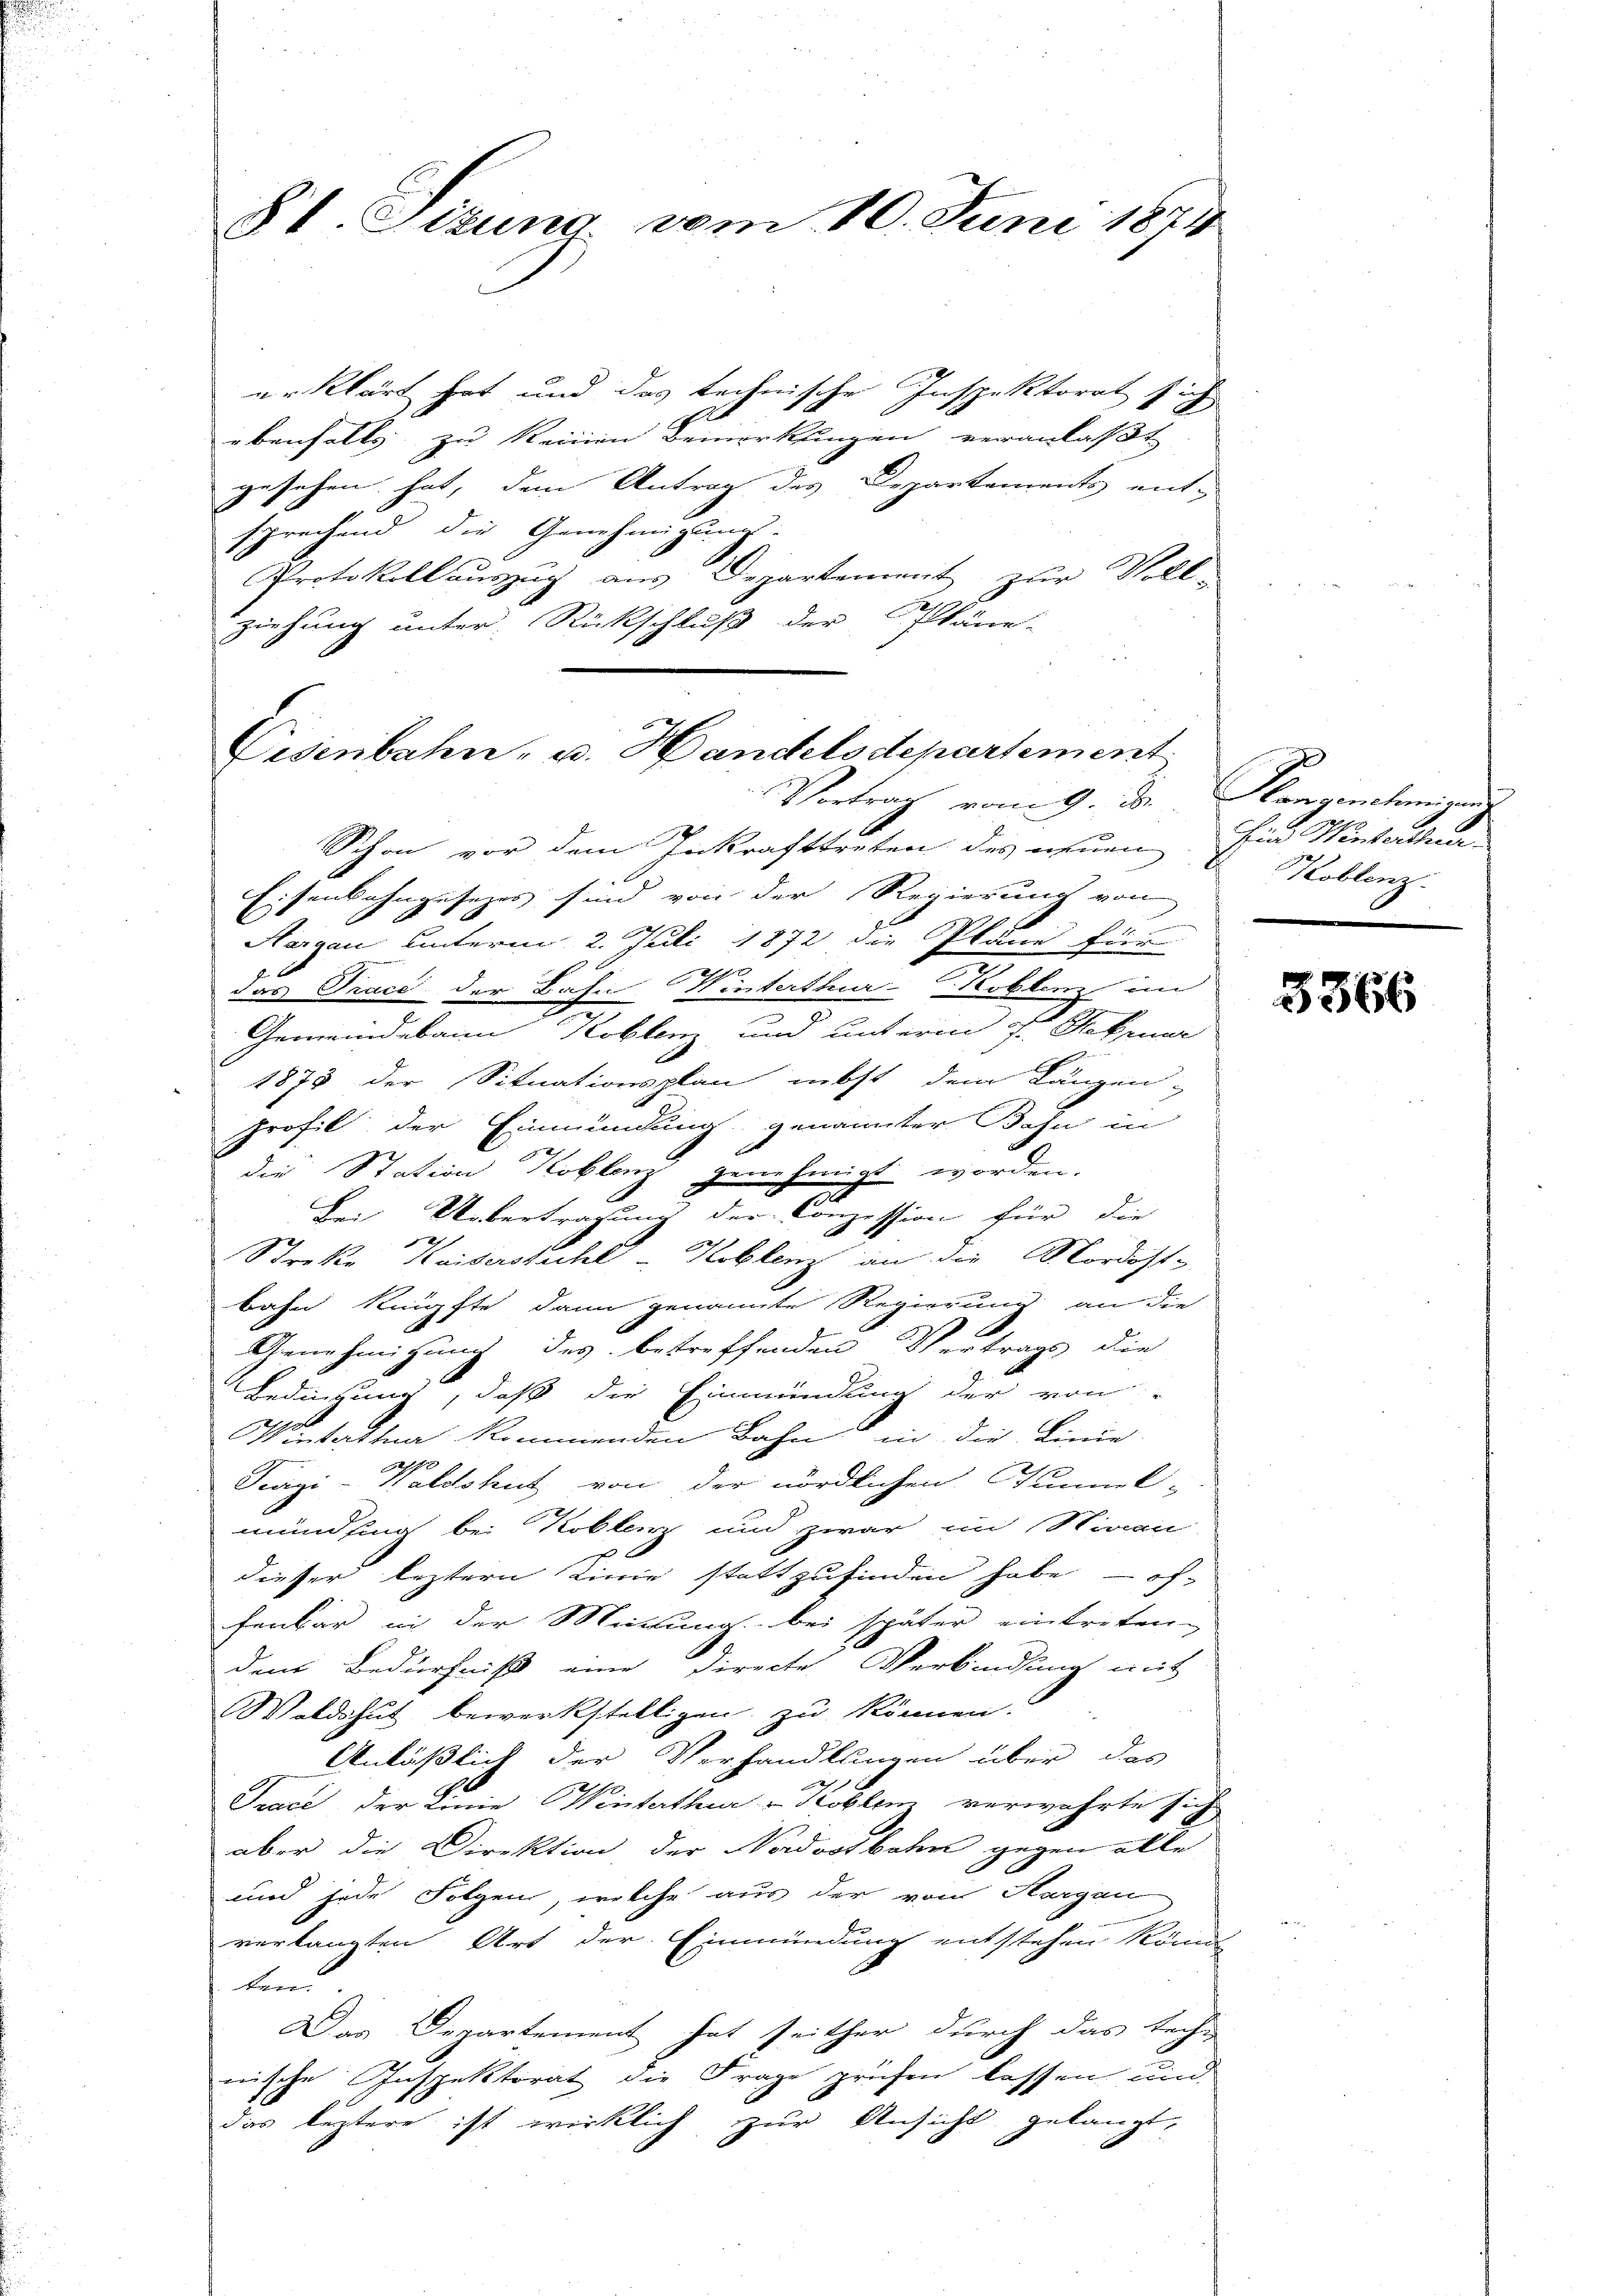
§ 1. Situng vom 10. Juni 1874

erklärt hat und das technische Inspektorat sich
ebenfalls zu keinen Bemerkungen veranlaßt
gesehen hat, dem Antrag des Departements ent-
sprechend die Genehmigung.
Protokoll auszug aus Departement zur Voll-
ziehung unter Rückschluß der Pläne-
Schon vor dem Inkrafttreten des neuen Ein Winterthu
Eisenbahngesezes sind von der Regierung von
Margau unterm 2. Juli 1872 die Pläne für
das Trace der Bahn Winterthur–Koblenz im
Gemeindebann Koblenz, und unterm 7. Februar
1878 der Situationsplan nebst dem Längen-
profil der Einmündung genannter Bahn in
die Station Koblenz genehmigt worden.
Bei Uebertragung der Conzession für die
e
Schreke Kaiserstuhl - Koblenz an die Nordost-
bahn knüpfte dann genannte Regierung an die
Genehmigung des betreffenden Vertrags die
Bedingung, daß die Einmündung der von
Statten kommenden Bahn in die Linie
Tugi-Waldshut von der nördlichen Tunnel-
mündling bei Koblenz und zwar im Stiran
dieser leztern Linie stattzufinden habe - of-
fenbar in der Mitung bei später eintreten.
dem Bedürfniß eine Directe Verbindung mit
Waldshut bewerkstelligen zu können.
Anläßlich der Verhandlungen über das
2
Trace der Linie Winterthur u Koblem verwahrte sich
aber die Direktion der Nordostbahn gegen alle
und jede Folgen, welche aus der von Aargau
verlangten Art der Einmündung entstehen könnte,
ten.
Das Departement hat seither durch das Rech-
wische Inspektorat die Frage prüfen lassen und
das leztere ist wirklich zur Ansicht gelangt,

Eisenbahn- u. Handelsdepartement
Vertrag vom 9. d. Hangenehmigung

Koblenz

3366